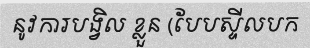
នូវការបង្វិល ខ្លួន (បែបស្ទីលបក